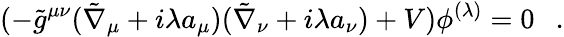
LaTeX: (-\tilde{g}^{\mu\nu}(\tilde{\nabla}_{\mu}+i\lambda a_{\mu})(\tilde{\nabla}_{\nu}+i\lambda a_{\nu})+V)\phi^{(\lambda)}=0~~~.